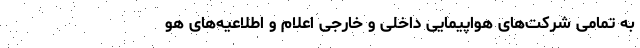
به‌ تمامی شرکت‌های هواپیمایی داخلی و خارجی اعلام و اطلاعیه‌های هو